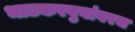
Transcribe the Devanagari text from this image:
भाटकरबुवांवरच